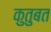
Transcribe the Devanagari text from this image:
कुतुबत